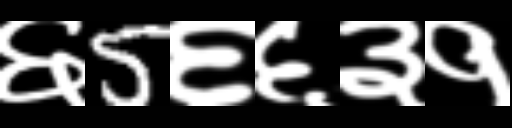
Text: ६5६६३१